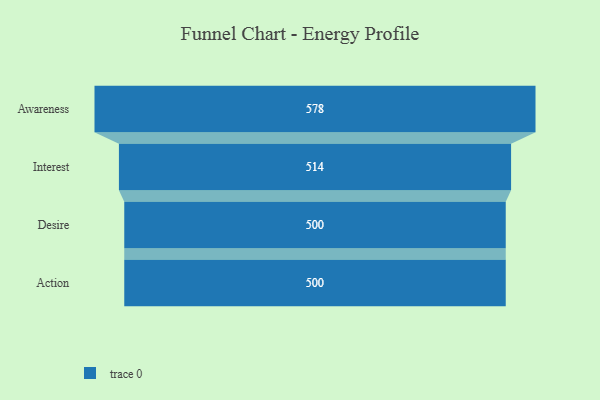
{"axis": {"x": "Stage", "y": "Value"}, "legend": [""], "data": [{"x": "Awareness", "y": 578.0, "type": ""}, {"x": "Interest", "y": 514.0, "type": ""}, {"x": "Desire", "y": 500, "type": ""}, {"x": "Action", "y": 500, "type": ""}]}